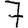
Digit: 7